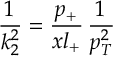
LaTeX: \frac { 1 } { k _ { 2 } ^ { 2 } } = \frac { p _ { + } } { x l _ { + } } \, \frac { 1 } { p _ { T } ^ { 2 } }